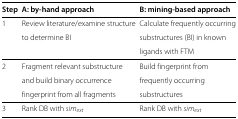
<table><thead><tr><td><b>Step</b></td><td><b>A: by-hand approach</b></td><td><b>B: mining-based approach</b></td></tr></thead><tbody><tr><td>1</td><td>Review literature/examine structure</td><td>Calculate frequently occurring</td></tr><tr><td> </td><td>to determine BI</td><td>substructures (BI) in known</td></tr><tr><td> </td><td> </td><td>ligands with FTM</td></tr><tr><td>2</td><td>Fragment relevant substructure</td><td>Build fingerprint from</td></tr><tr><td> </td><td>and build binary occurrence</td><td>frequently occurring</td></tr><tr><td> </td><td>fingerprint from all fragments</td><td>substructures</td></tr><tr><td>3</td><td>Rank DB with <i>s</i><i>i</i><i>m</i><sub><i>e</i><i>x</i><i>t</i></sub></td><td>Rank DB with <i>s</i><i>i</i><i>m</i><sub><i>e</i><i>x</i><i>t</i></sub></td></tr></tbody></table>